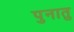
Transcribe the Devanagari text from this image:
पुनातु